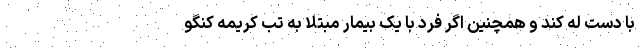
با دست له کند و همچنین اگر فرد با یک بیمار مبتلا به تب کریمه کنگو